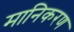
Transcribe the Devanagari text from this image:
मानिकरण